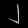
Digit: ၂